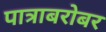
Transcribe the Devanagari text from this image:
पात्राबरोबर